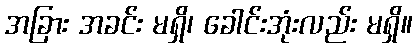
အခြား အခင်း မရှိ၊ ခေါင်းအုံးလည်း မရှိ။